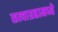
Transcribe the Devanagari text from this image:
सत्याग्रहामध्ये